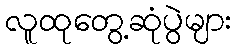
လူထုတွေ့ဆုံပွဲများ